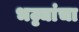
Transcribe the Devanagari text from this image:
भट्ट्यांचा